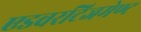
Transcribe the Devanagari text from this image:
एडवरटिजमेण्ट